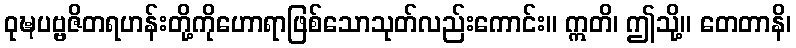
ဝုဍ္ဎပဗ္ဗဇိတရဟန်းတို့ကိုဟောရာဖြစ်သောသုတ်လည်းကောင်း။ ဣတိ၊ ဤသို့။ တေတာနိ၊